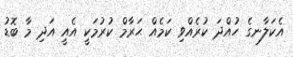
އެކަލާނގެ ހުއްދަ ކުރެއްވި ކަމެއް ޙަރާމް ކުރުމަކީ އެއީ އަދި މާ ބޮޑު